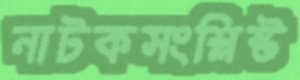
নাটকসংশ্লিষ্ট